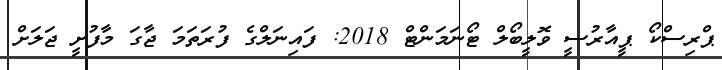
ޕްރިސްކޯ ޕީއާރުސީ ވޮލީބޯލް ޓޯނަމަންޓް 2018: ފައިނަލްގެ ފުރަތަމަ ޖާގަ މާފުށީ ޖަލަށް